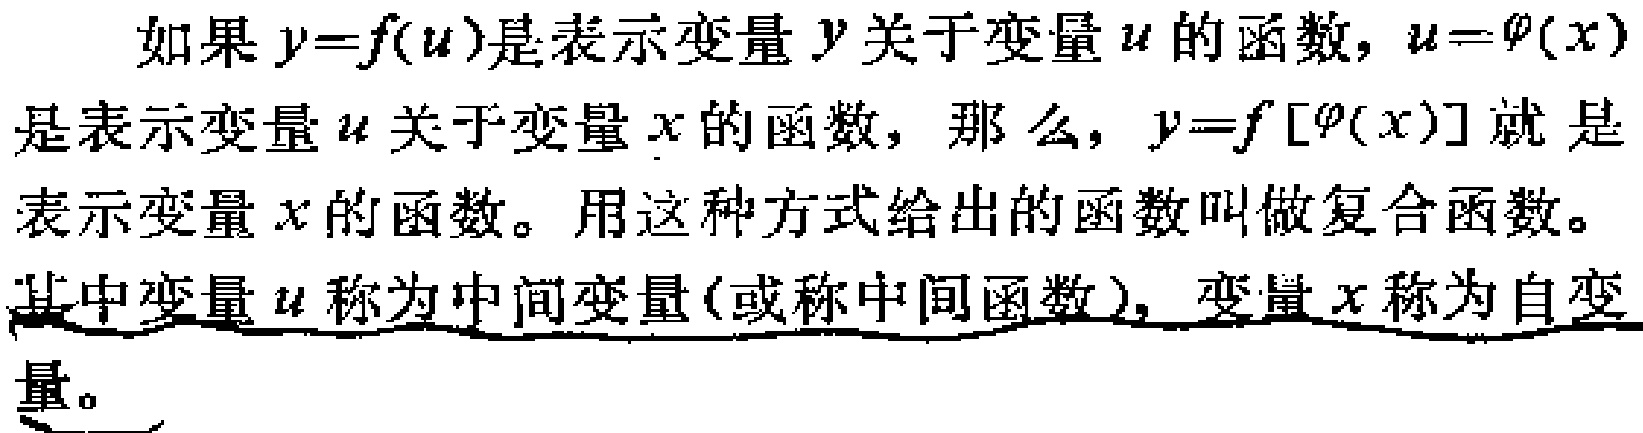
如果\(y = f(u)\)是表示变量\(y\)关于变量\(u\)的函数，\(u=\varphi(x)\)是表示变量\(u\)关于变量\(x\)的函数，那么，\(y = f[\varphi(x)]\)就是表示变量\(x\)的函数。用这种方式给出的函数叫做复合函数。其中变量\(u\)称为中间变量(或称中间函数)，变量\(x\)称为自变量。